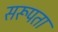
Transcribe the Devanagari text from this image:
सरूपता